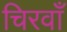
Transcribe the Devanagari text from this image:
चिरवाँ